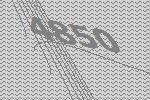
4850